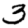
Digit: 3